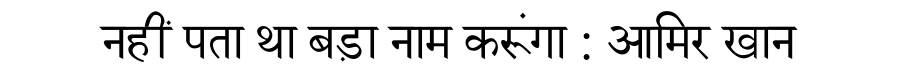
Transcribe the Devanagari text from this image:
नहीं पता था बड़ा नाम करूंगा : आमिर खान